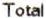
TOTAL